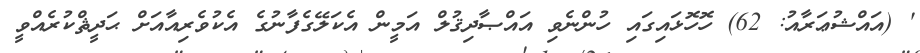
' (އައްޝުޢަރާއު: 62) ހޮހޮޅައިގައި ހުންނެވި އައްޞާދިޤުލް އަމީން އެކަލޭގެފާނުގެ އެކުވެރިއާއަށް ޙަދީޘްކުރެއްވީ